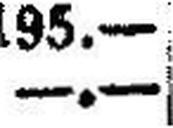
—.—